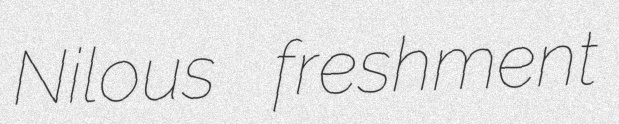
Nilous freshment